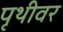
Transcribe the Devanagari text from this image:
पृथीवर